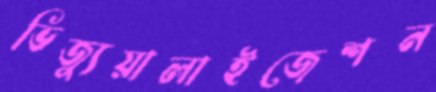
ভিজ্যুয়ালাইজেশন